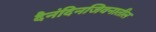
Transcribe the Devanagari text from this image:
दैनंदिनजिवनातील